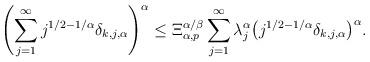
LaTeX: \begin{align*}\Biggl(\sum_{j=1}^\infty j^{1/2-1/\alpha}\delta_{k, j, \alpha} \Biggr)^\alpha \le\Xi_{\alpha, p}^{\alpha/\beta}\sum_{j=1}^\infty\lambda_j^\alpha\bigl(j^{1/2-1/\alpha} \delta_{k, j,\alpha}\bigr)^\alpha.\end{align*}